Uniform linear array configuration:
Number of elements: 8
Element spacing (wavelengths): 0.75
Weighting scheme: hann
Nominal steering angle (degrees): -45
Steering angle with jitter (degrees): -45.796
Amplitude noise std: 0.05
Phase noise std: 0.05

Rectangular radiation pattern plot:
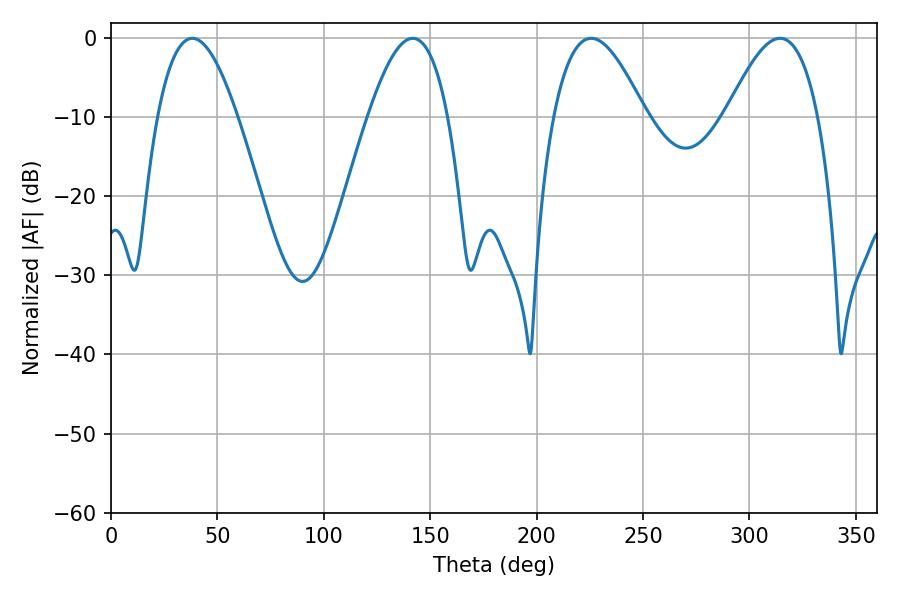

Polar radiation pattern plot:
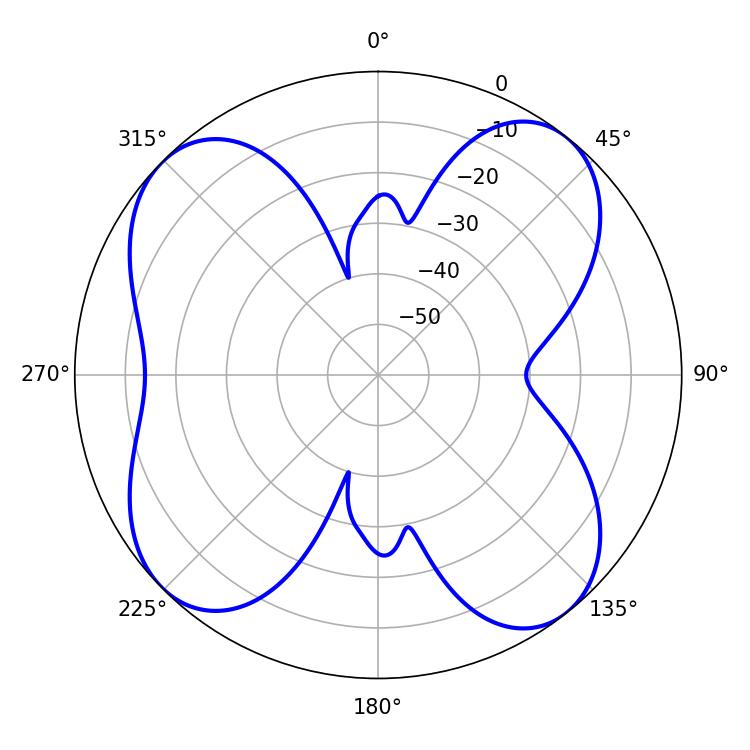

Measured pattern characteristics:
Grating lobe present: TRUE
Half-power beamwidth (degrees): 20.52
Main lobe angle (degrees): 38.16